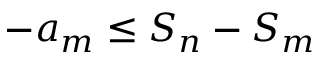
- a _ { m } \leq S _ { n } - S _ { m }